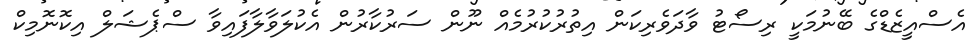
އެސްއީޒެޑްގެ ބޭނުމަކީ ރިސޯޓު ވާދަވެރިކަން އިތުރުކުރުމެއް ނޫން ސަރުކާރުން އެކުލަވާލާފައިވާ ސްޕެޝަލް އިކޮނޮމިކް